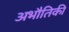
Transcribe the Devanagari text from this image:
अभौतिकी